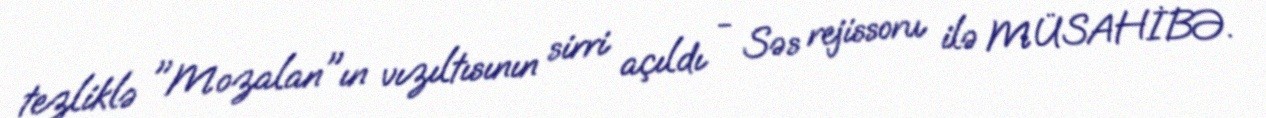
tezliklə "Mozalan"ın vızıltısının sirri açıldı - Səs rejissoru ilə MÜSAHİBƏ.